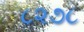
૮૨૭૮